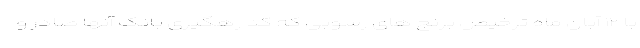
با ۱۲ آبان ماه ترخیص برنج های رسوبی که کد رهگیری بانک آنها صادر و